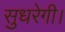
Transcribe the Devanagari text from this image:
सुधरेगी।